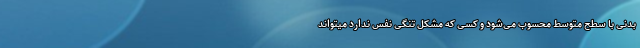
بدنی با سطح متوسط محسوب ‌می‌شود و کسی که مشکل تنگی نفس ندارد میتواند